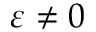
\varepsilon \neq 0